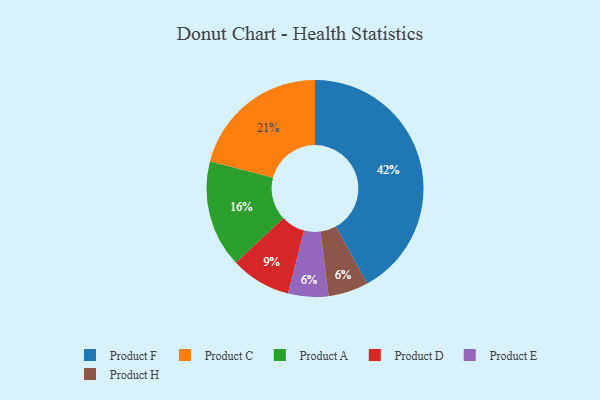
{"axis": {"x": "Category", "y": "Percentage"}, "legend": ["Product A", "Product C", "Product D", "Product E", "Product F", "Product H"], "data": [{"x": "Product D", "y": 9, "type": "Product D"}, {"x": "Product A", "y": 16, "type": "Product A"}, {"x": "Product E", "y": 6, "type": "Product E"}, {"x": "Product C", "y": 21, "type": "Product C"}, {"x": "Product F", "y": 42, "type": "Product F"}, {"x": "Product H", "y": 6, "type": "Product H"}]}